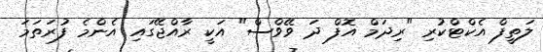
ލަތީފް އެކްޓްކުރި "ރިދަމް އޮފް ދަ ވޭވްސް" އަކީ ރާއްޖޭގައި އެންމެ ފުރަތަމަ